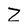
Character: Z